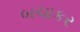
બચાકર